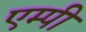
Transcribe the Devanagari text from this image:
एम्पी